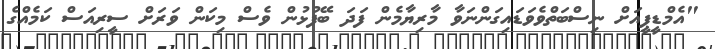
"އެމްޑީޕީއަށް ނިސްބަތްވެވަޑައިގަންނަވާ މާރިޔާމެން ފަދަ ބޭފުޅުން ވެސް މިކަން ވަރަށް ސީރިއަސް ކަމެއްގެ